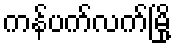
ကန်ပက်လက်မြို့